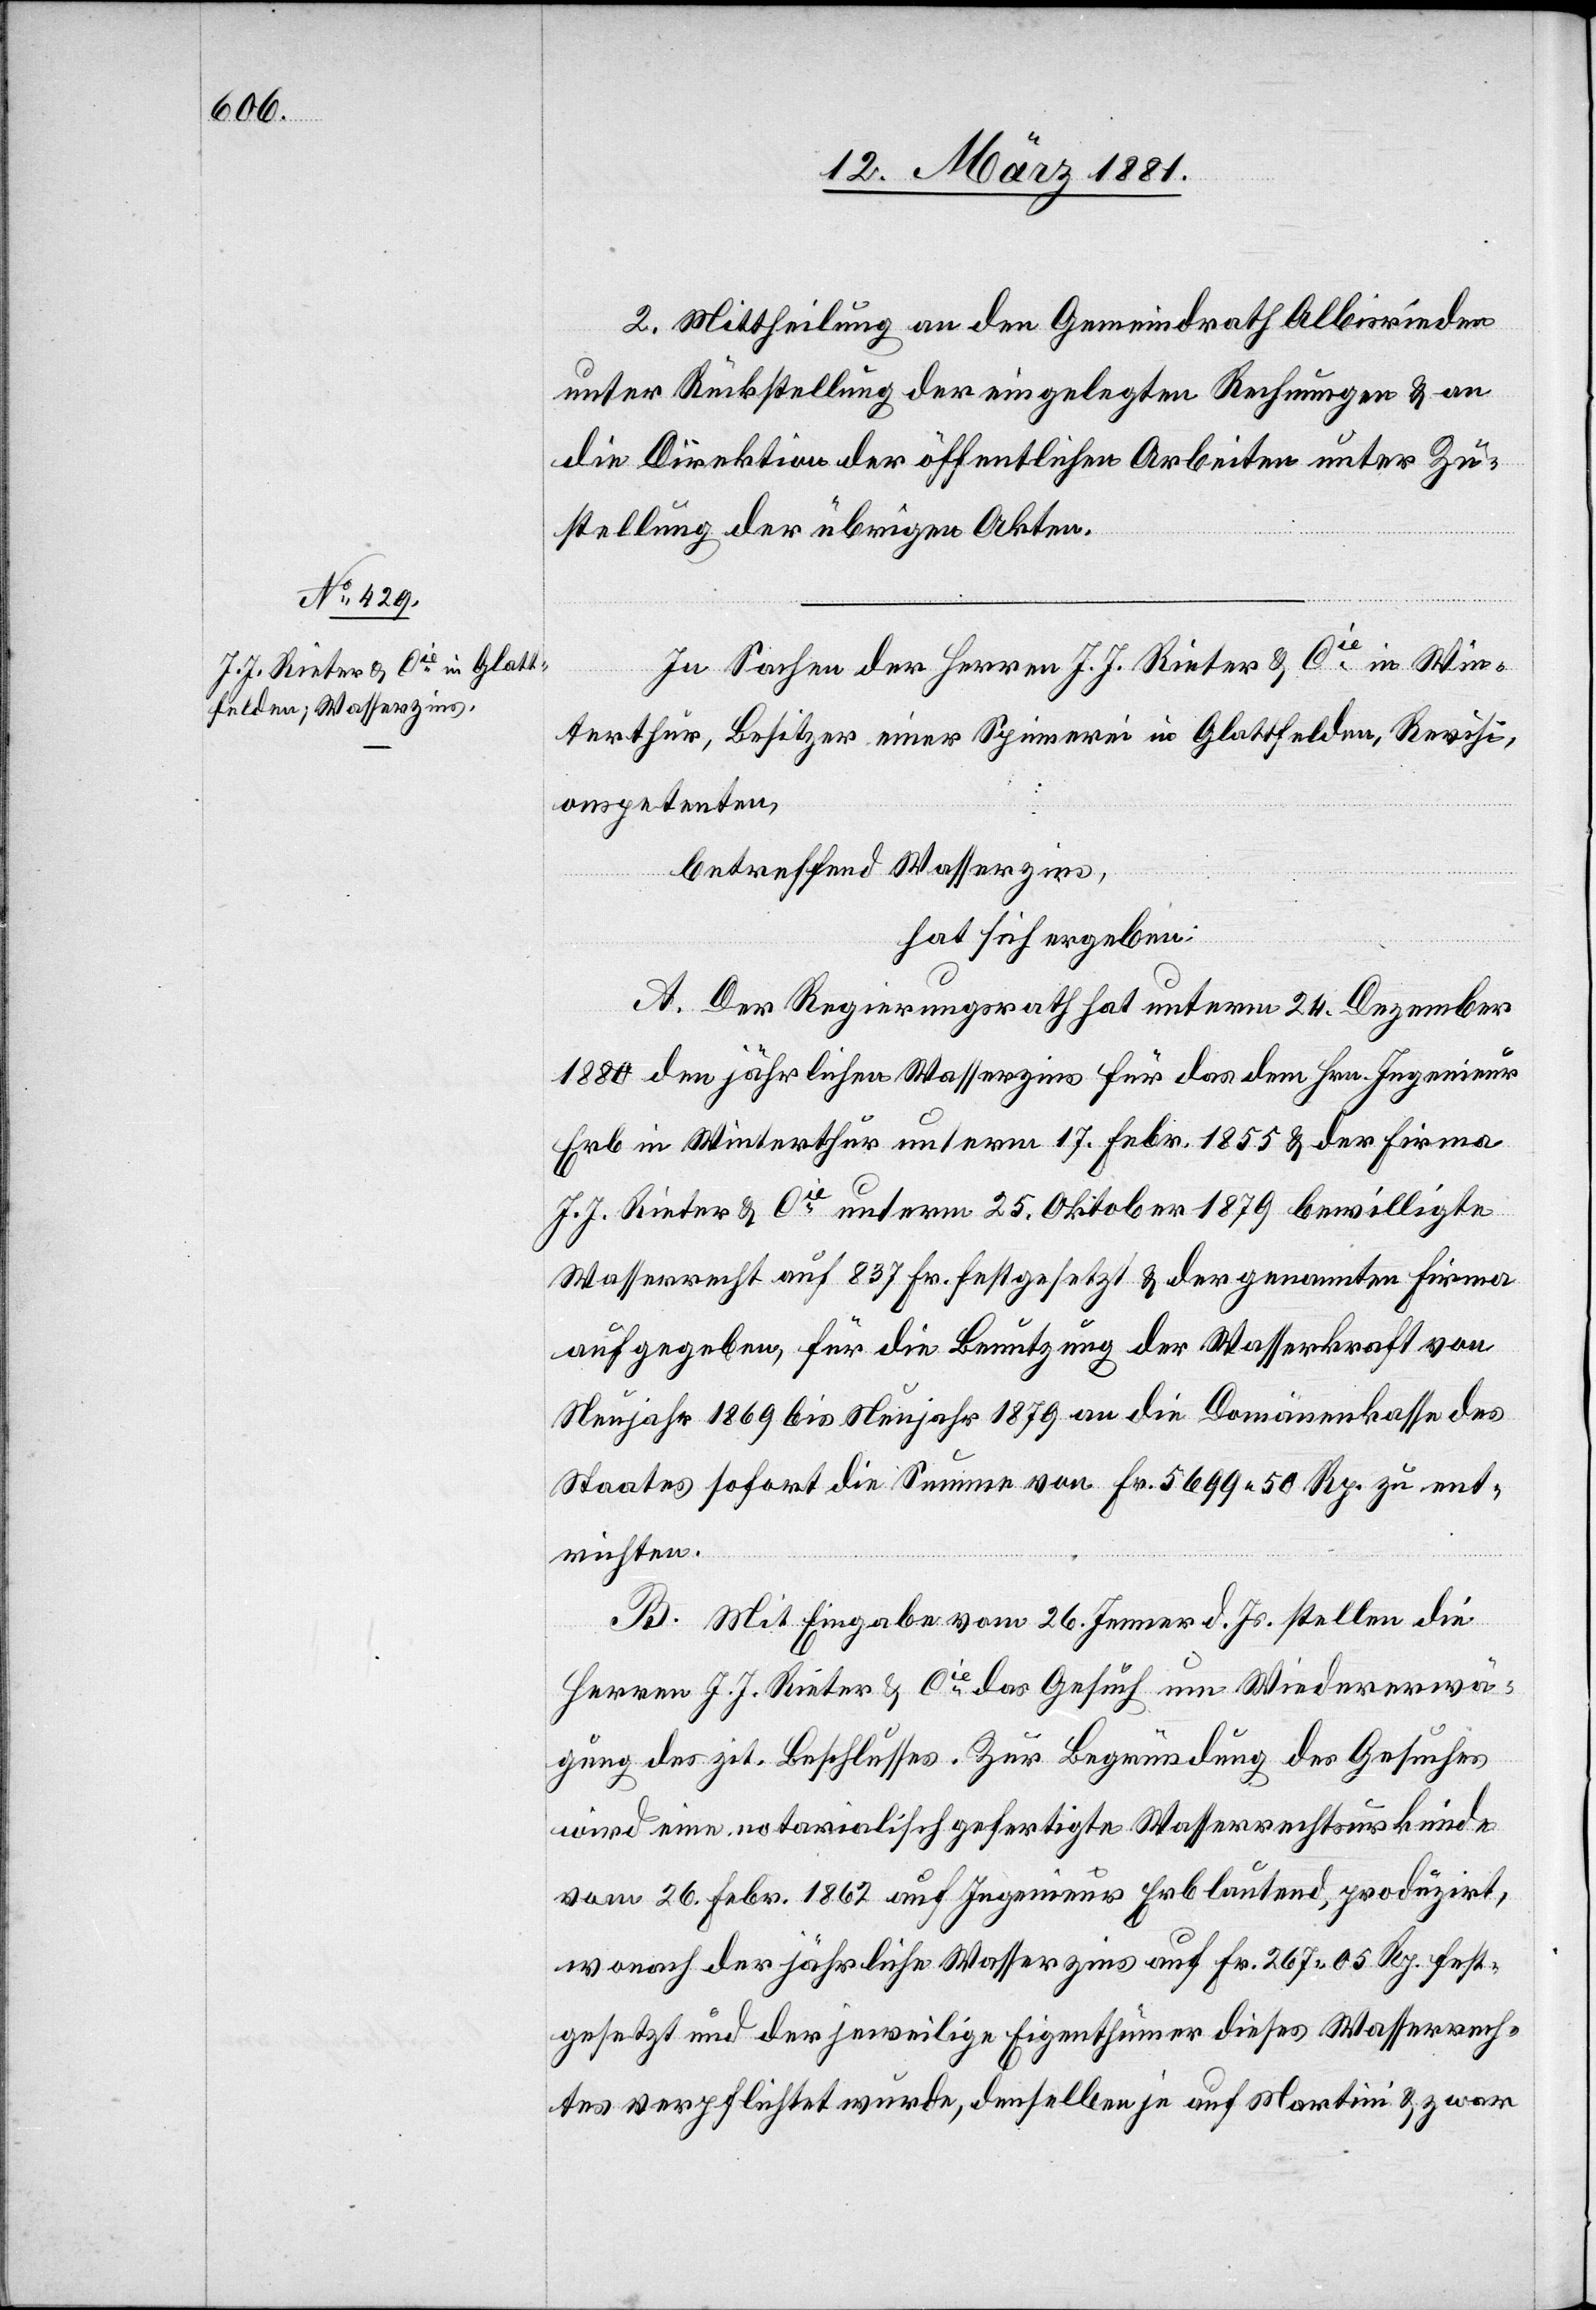
2. Mittheilung an den Gemeindrath Albisrieden
unter Rückstellung der eingelegten Rechnungen & an
die Direktion der öffentlichen Arbeiten unter Zu¬
stellung der übrigen Akten.
In Sachen der Herren J. J. Rieter & Cie in Win¬
terthur, Besitzer einer Spinnerei in Glattfelden, Revisi¬
onspetenten,
betreffend Wasserzins,
hat sich ergeben:
A. Der Regierungsrath hat unterm 24. Dezember
1880 den jährlichen Wasserzins für das dem Hrn. Ingenieur
Erb in Winterthur unterm 17. Febr. 1855 & der Firma
J. J. Rieter & Cie unterm 25. Oktober 1879 bewilligte
Wasserrecht auf 837 Fr. festgesetzt & der genannten Firma
aufgegeben, für die Benutzung der Wasserkraft von
Neujahr 1869 bis Neujahr 1879 an die Domänenkasse des
Staates sofort die Summe von Fr. 5699 50 Rp. zu ent¬
richten.
B. Mit Eingabe vom 26. Jenner d. Js. stellen die
Herren J. J. Rieter & Cie das Gesuch um Wiedererwä¬
gung des zit. Beschlusses. Zur Begründung des Gesuches
wird eine notarialisch gefertigte Wasserrechtsurkunde
vom 26. Febr. 1862 auf Ingenieur Erb lautend, produzirt,
wonach der jährliche Wasserzins auf Fr. 267 05 Rp. fest¬
gesetzt und der jeweilige Eigenthümer dieses Wasserrech¬
tes verpflichtet wurde, denselben je auf Martini & zwar